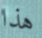
هذا